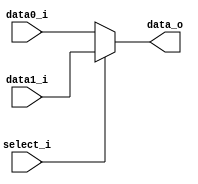
`timescale 1ns/1ps


module MUX_2to1(
	data0_i,
	data1_i,
	select_i,
	data_o
);

parameter size = 0;

// I/O ports
input [size-1:0] data0_i, data1_i;
input select_i;
output reg [size-1:0] data_o;

// Main function
always @(select_i, data0_i, data1_i) begin
	if (select_i)
		data_o <= data1_i;
	else
		data_o <= data0_i;
end

endmodule